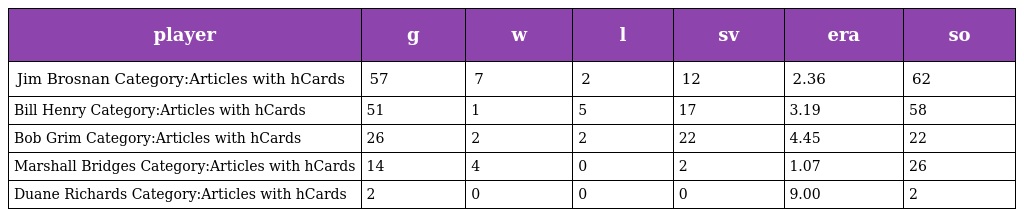
| player | g | w | l | sv | era | so |
 | --- | --- | --- | --- | --- | --- | --- |
 | Jim Brosnan Category:Articles with hCards | 57 | 7 | 2 | 12 | 2.36 | 62 |
 | Bill Henry Category:Articles with hCards | 51 | 1 | 5 | 17 | 3.19 | 58 |
 | Bob Grim Category:Articles with hCards | 26 | 2 | 2 | 22 | 4.45 | 22 |
 | Marshall Bridges Category:Articles with hCards | 14 | 4 | 0 | 2 | 1.07 | 26 |
 | Duane Richards Category:Articles with hCards | 2 | 0 | 0 | 0 | 9.00 | 2 |